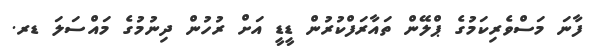
ފާނަ މަސްވެރިކަމުގެ ޕްލޭން ތައާރަފްކުރުން ޑީޑީ އަށް ރުހުން ދިނުމުގެ މައްސަލަ ޑރ.